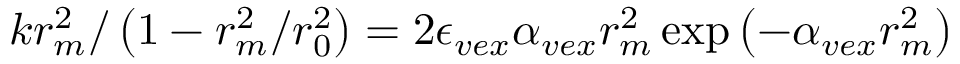
k r _ { m } ^ { 2 } / \left( 1 - r _ { m } ^ { 2 } / r _ { 0 } ^ { 2 } \right) = 2 \epsilon _ { v e x } \alpha _ { v e x } r _ { m } ^ { 2 } \exp \left( - \alpha _ { v e x } r _ { m } ^ { 2 } \right)